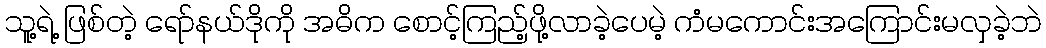
သူ့ရဲ့ ဖြစ်တဲ့ ရော်နယ်ဒိုကို အဓိက စောင့်ကြည့်ဖို့လာခဲ့ပေမဲ့ ကံမကောင်းအကြောင်းမလှခဲ့ဘဲ